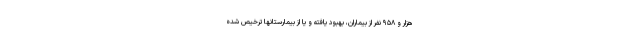
هزار و ۹۵۸ نفر از بیماران، بهبود یافته و یا از بیمارستانها ترخیص شده